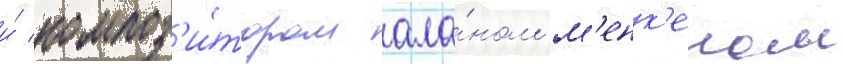
и́ композ'и́тором ала́ном м'енк'еном